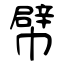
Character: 幦